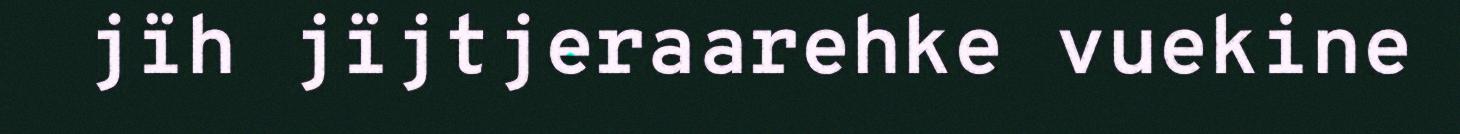
jïh jïjtjeraarehke vuekine